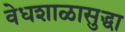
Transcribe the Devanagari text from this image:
वेधशाळासुद्धा